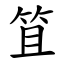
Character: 笡